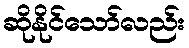
ဆိုနိုင်သော်လည်း